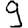
Digit: 9